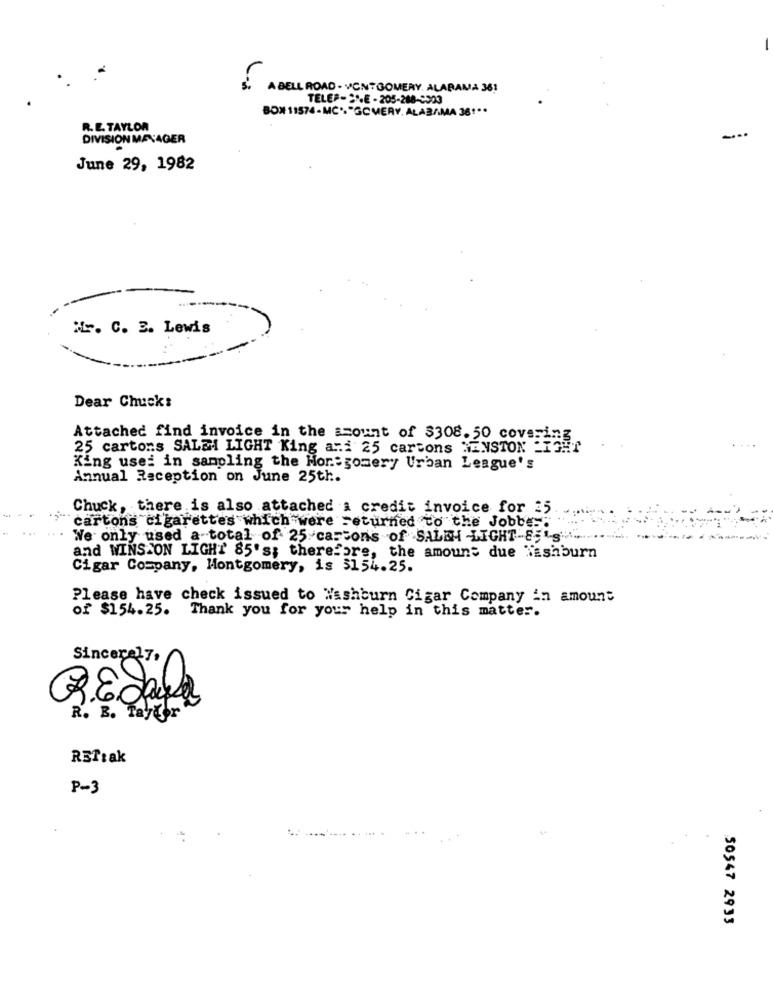
-
A BELL ROAD - VCN: GOMERY ALABAMA 361
TELEP-SE-205-288-9303
BON 11574-MC": "GOMERY, ALABAMA 38 ***
R. E. TAYLOR
DIVISION MANAGER
-
June 29, 1982
Mr. C. E. Lewis
Dear Chuck:
Attached find invoice in the scount of $308.50 covering
25 cartons SALEM LIGHT King ani 25 cartons RENSTON LIGH
King usei in sampling the Montgomery Urban League's
Annual Reception on June 25th.
Chuck, there is also attached a credit invoice for 25
cartons cigarettes which were returned to the Jobbes
We only used a total of 25 cartons of SALEHI -LIGHT-85L"
and WINSTON LIGHT 85's; therefore, the amount due Washburn
Cigar Company, Montgomery, is $154.25.
Please have check issued to Washburn Cigar Company in amount
of $154.25. Thank you for your help in this matter.
Sincerely,
R. B. Taylor
RETtak
P-3
50547 2933